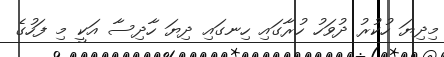
މިދިޔަ ހުކުރު ދުވަހު ހުރާގައި ހިނގައި ދިޔަ ހާދިސާ އަކީ މި ފަހުގެ